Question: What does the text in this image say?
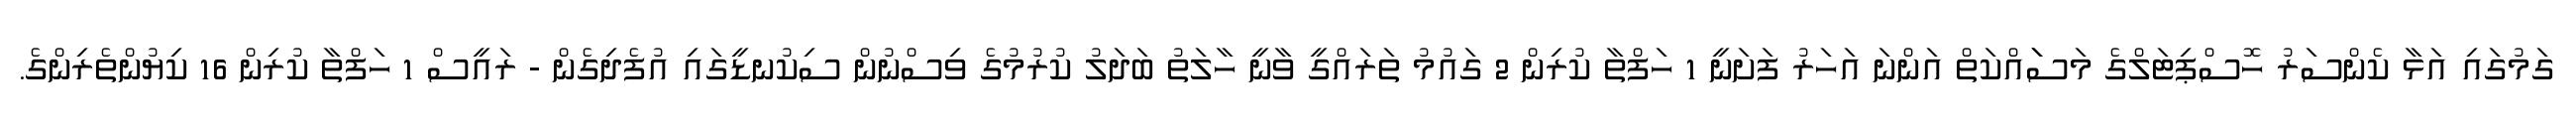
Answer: ގަމުގައި އަޅާ ކެންސަރު ހޮސްޕިޓަލްގެ މަސަައްކަތް އަންނަ އަހަރު ފަށަނީ 1 ހަފްތާ ކުރިން 2 ގައުމު ތަރައްގީ ވާނީ ހާލަތު ބަދަލު ކުރުމުގެ ވިސްނުން ސިކުނޑީގައި އުފެދިގެން - ރައީސް 1 ހަފްތާ ކުރިން 16 ކިޔުންތެރިންގެ.